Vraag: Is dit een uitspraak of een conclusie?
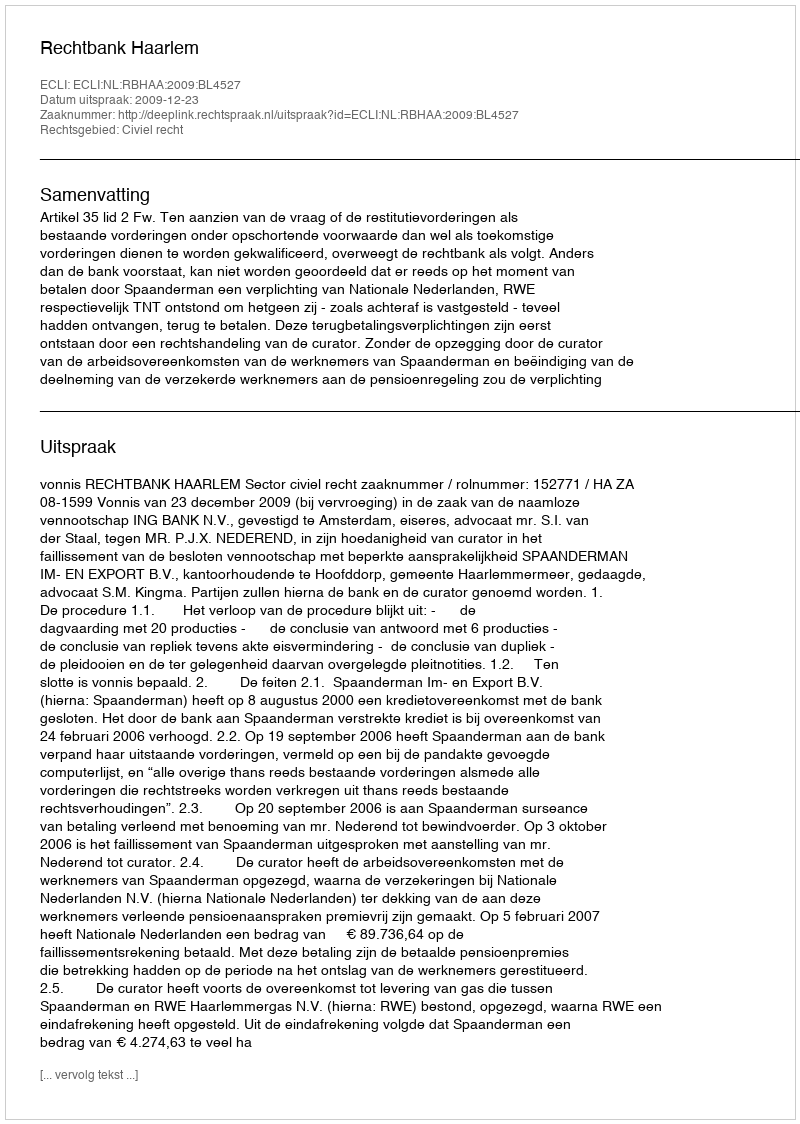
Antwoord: Uitspraak